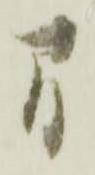
間